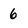
Character: 6